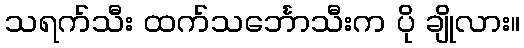
သရက်သီး ထက်သင်္ဘောသီးက ပို ချိုလား။